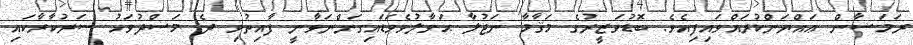
ރަމަޟާން ޢައްޔަންކުރައްވައިފިއެވެ. ބޮޑުވަޒީރުގެ މަޤާމާ ނަޖުލާ ޙަވާލުވެވަޑައިގަންނަވާނީ ފާއިތުވި ދެ މަސްދުވަހު ސަރުކާރާކައި